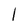
Character: l